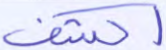
اكشف